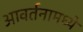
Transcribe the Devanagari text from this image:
आवर्तनामध्ये